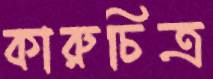
কারুচিত্র